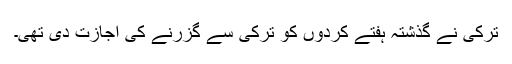
ترکی نے گذشتہ ہفتے کردوں کو ترکی سے گزرنے کی اجازت دی تھی۔